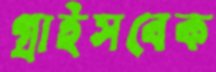
গ্রাইসবেক